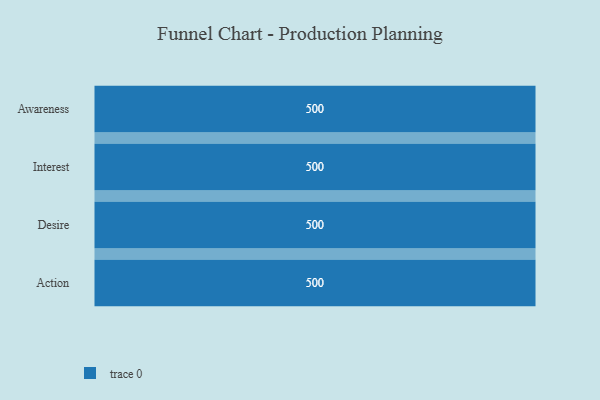
{"axis": {"x": "Stage", "y": "Value"}, "legend": [""], "data": [{"x": "Awareness", "y": 500, "type": ""}, {"x": "Interest", "y": 500, "type": ""}, {"x": "Desire", "y": 500, "type": ""}, {"x": "Action", "y": 500, "type": ""}]}